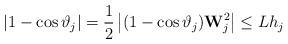
LaTeX: \begin{align*}\left | 1-\cos\vartheta_j\right |=\frac{1}{2}\left |(1-\cos\vartheta_j)\mathbf W_j^2\right | \leq L {h_{j}}\end{align*}